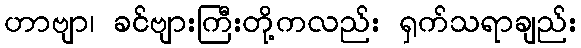
ဟာဗျာ၊ ခင်ဗျားကြီးတို့ကလည်း ရှက်သရာချည်း